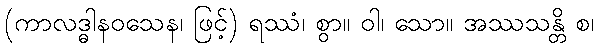
(ကာလဒ္ဓါနဝသေန၊ ဖြင့်) ရဿံ၊ စွာ။ ဝါ၊ သော။ အဿသန္တိ စ၊